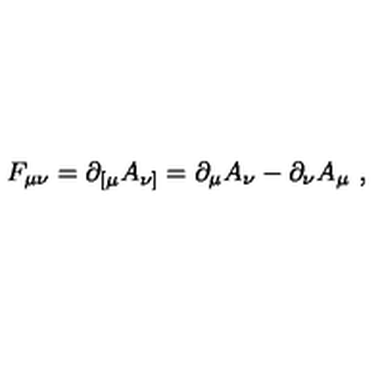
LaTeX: F _ { \mu \nu } = \partial _ { [ \mu } A _ { \nu ] } = \partial _ { \mu } A _ { \nu } - \partial _ { \nu } A _ { \mu } \ ,